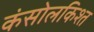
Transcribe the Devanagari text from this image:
कंसोलकिश्त